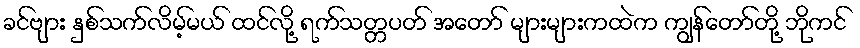
ခင်ဗျား နှစ်သက်လိမ့်မယ် ထင်လို့ ရက်သတ္တပတ် အတော် များများကထဲက ကျွန်တော်တို့ ဘိုကင်